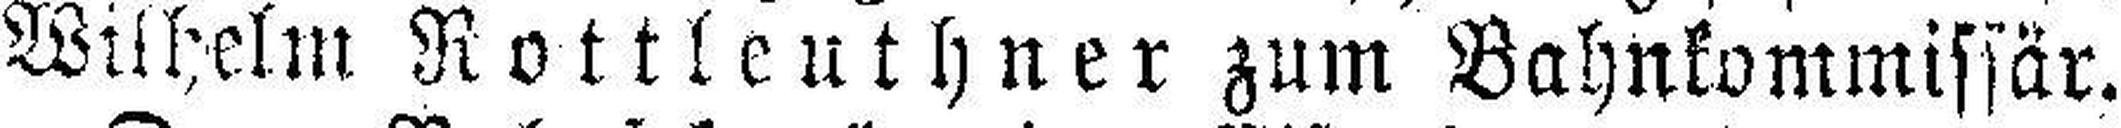
Wilhelm Rottleuthner zum Bahnkommissär.